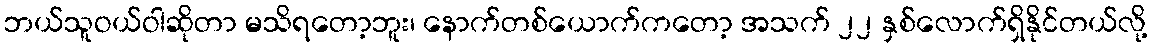
ဘယ်သူဝယ်ဝါဆိုတာ မသိရတော့ဘူး၊ နောက်တစ်ယောက်ကတော့ အသက် ၂၂ နှစ်လောက်ရှိနိုင်တယ်လို့